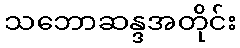
သဘောဆန္ဒအတိုင်း